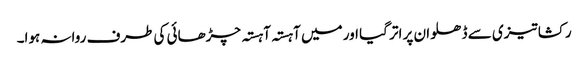
رکشا تیزی سے ڈھلوان پر اتر گیا اور میں آہستہ آہستہ چڑھائی کی طرف روانہ ہوا۔